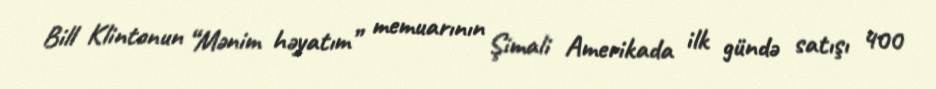
Bill Klintonun “Mənim həyatım” memuarının Şimali Amerikada ilk gündə satışı 400